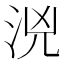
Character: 𣳸